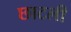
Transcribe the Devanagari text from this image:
छाटली